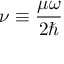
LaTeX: \nu \equiv { \frac { \mu \omega } { 2 \hbar } }